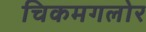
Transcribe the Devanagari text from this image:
चिकमगलोर